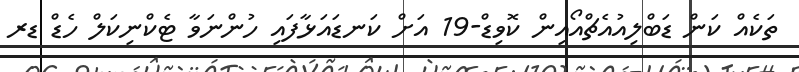
ތަކެއް ކަން ޑަބްލިއުއެޗްއޯއިން ކޮވިޑް-19 އަށް ކަނޑައަޅާފައި ހުންނަވާ ޓެކްނިކަލް ހެޑް ޑރ